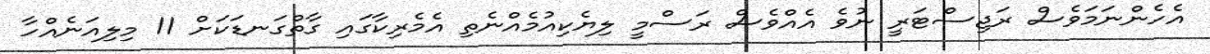
އެހެންނަމަވެސް ރަޖިސްޓަރީ ނުވެ އެއްވެސް ރަސްމީ ލިޔެކިއުމެއްނެތި އެމެރިކާގައި ގާތްގަނޑަކަށް 11 މިލިއަނެއްހާ